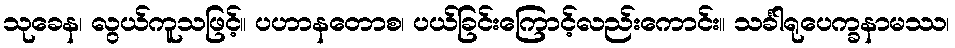
သုခေန၊ လွယ်ကူသဖြင့်။ ပဟာနတောစ၊ ပယ်ခြင်းကြောင့်လည်းကောင်း။ သင်္ခါရုပေက္ခနာမဿ၊